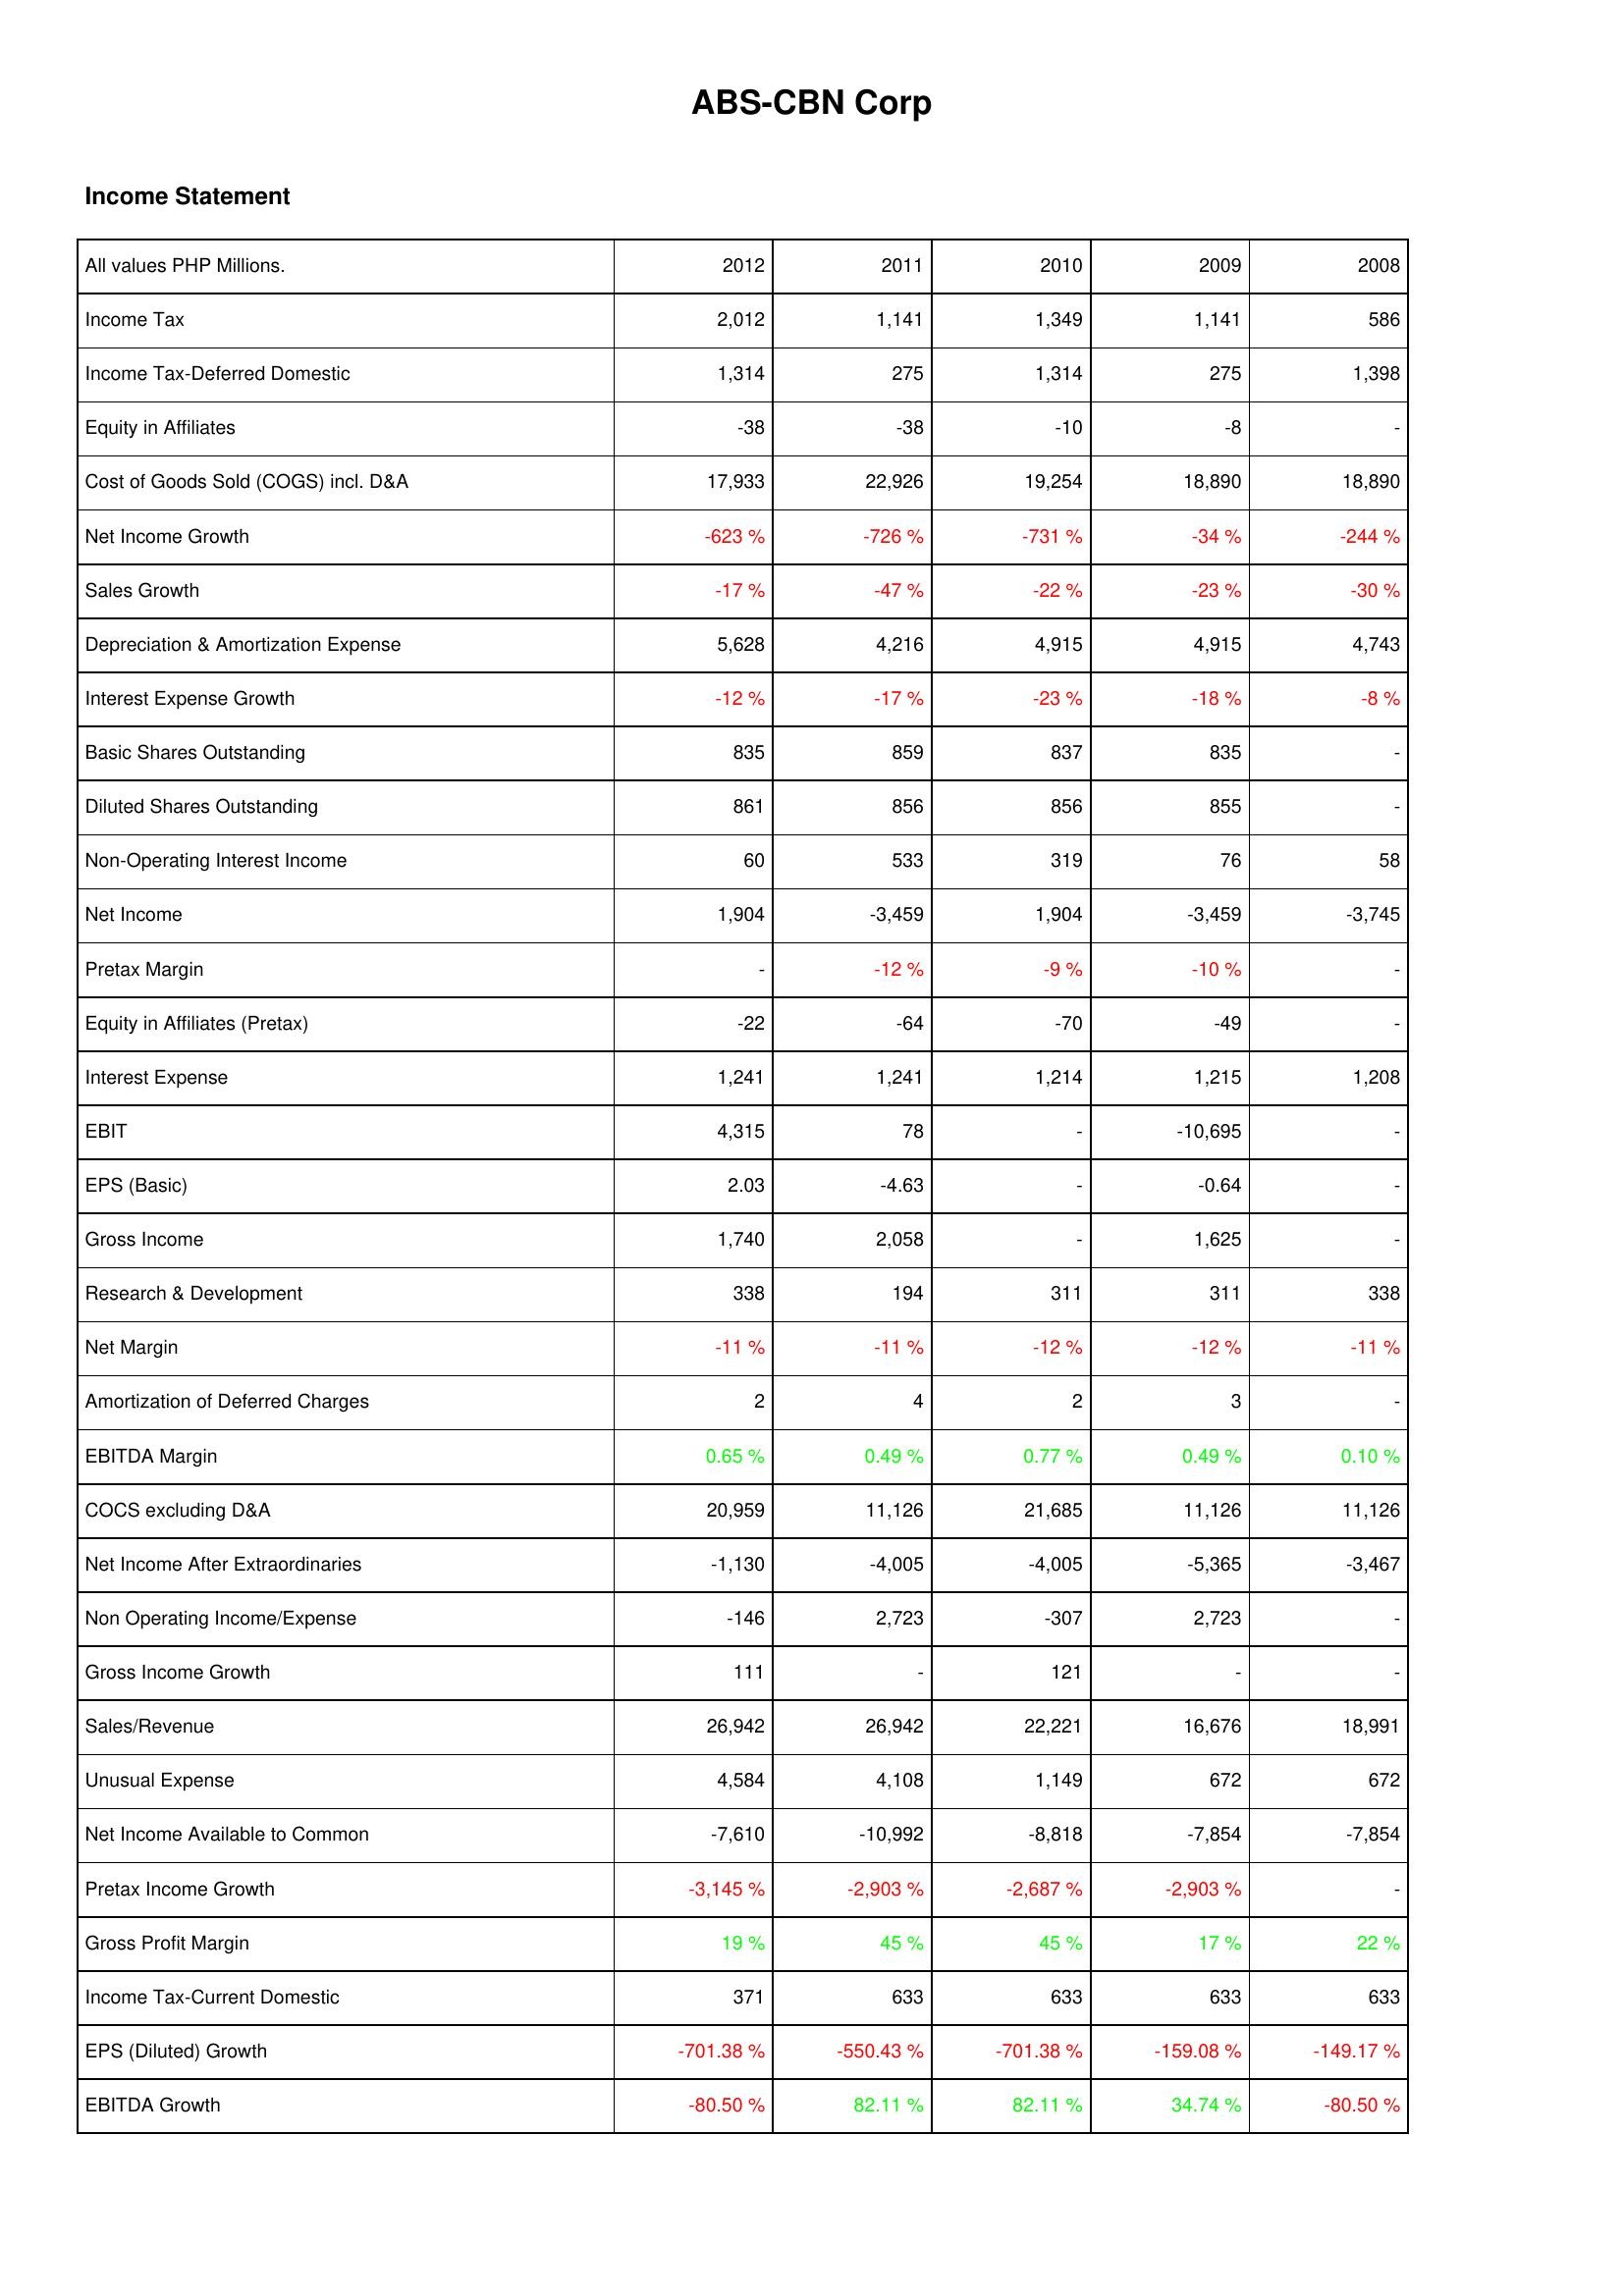
2012: Income Statement: Income Tax: 2,012
Income Tax-Deferred Domestic: 1,314
Equity in Affiliates: -38
Cost of Goods Sold (COGS) incl. D&A: 17,933
Net Income Growth: -623 %
Sales Growth: -17 %
Depreciation & Amortization Expense: 5,628
Interest Expense Growth: -12 %
Basic Shares Outstanding: 835
Diluted Shares Outstanding: 861
Non-Operating Interest Income: 60
Net Income: 1,904
Pretax Margin: -
Equity in Affiliates (Pretax): -22
Interest Expense: 1,241
EBIT: 4,315
EPS (Basic): 2.03
Gross Income: 1,740
Research & Development: 338
Net Margin: -11 %
Amortization of Deferred Charges: 2
EBITDA Margin: 0.65 %
COCS excluding D&A: 20,959
Net Income After Extraordinaries: -1,130
Non Operating Income/Expense: -146
Gross Income Growth: 111
Sales/Revenue: 26,942
Unusual Expense: 4,584
Net Income Available to Common: -7,610
Pretax Income Growth: -3,145 %
Gross Profit Margin: 19 %
Income Tax-Current Domestic: 371
EPS (Diluted) Growth: -701.38 %
EBITDA Growth: -80.50 %
2011: Income Statement: Income Tax: 1,141
Income Tax-Deferred Domestic: 275
Equity in Affiliates: -38
Cost of Goods Sold (COGS) incl. D&A: 22,926
Net Income Growth: -726 %
Sales Growth: -47 %
Depreciation & Amortization Expense: 4,216
Interest Expense Growth: -17 %
Basic Shares Outstanding: 859
Diluted Shares Outstanding: 856
Non-Operating Interest Income: 533
Net Income: -3,459
Pretax Margin: -12 %
Equity in Affiliates (Pretax): -64
Interest Expense: 1,241
EBIT: 78
EPS (Basic): -4.63
Gross Income: 2,058
Research & Development: 194
Net Margin: -11 %
Amortization of Deferred Charges: 4
EBITDA Margin: 0.49 %
COCS excluding D&A: 11,126
Net Income After Extraordinaries: -4,005
Non Operating Income/Expense: 2,723
Gross Income Growth: -
Sales/Revenue: 26,942
Unusual Expense: 4,108
Net Income Available to Common: -10,992
Pretax Income Growth: -2,903 %
Gross Profit Margin: 45 %
Income Tax-Current Domestic: 633
EPS (Diluted) Growth: -550.43 %
EBITDA Growth: 82.11 %
2010: Income Statement: Income Tax: 1,349
Income Tax-Deferred Domestic: 1,314
Equity in Affiliates: -10
Cost of Goods Sold (COGS) incl. D&A: 19,254
Net Income Growth: -731 %
Sales Growth: -22 %
Depreciation & Amortization Expense: 4,915
Interest Expense Growth: -23 %
Basic Shares Outstanding: 837
Diluted Shares Outstanding: 856
Non-Operating Interest Income: 319
Net Income: 1,904
Pretax Margin: -9 %
Equity in Affiliates (Pretax): -70
Interest Expense: 1,214
EBIT: -
EPS (Basic): -
Gross Income: -
Research & Development: 311
Net Margin: -12 %
Amortization of Deferred Charges: 2
EBITDA Margin: 0.77 %
COCS excluding D&A: 21,685
Net Income After Extraordinaries: -4,005
Non Operating Income/Expense: -307
Gross Income Growth: 121
Sales/Revenue: 22,221
Unusual Expense: 1,149
Net Income Available to Common: -8,818
Pretax Income Growth: -2,687 %
Gross Profit Margin: 45 %
Income Tax-Current Domestic: 633
EPS (Diluted) Growth: -701.38 %
EBITDA Growth: 82.11 %
2009: Income Statement: Income Tax: 1,141
Income Tax-Deferred Domestic: 275
Equity in Affiliates: -8
Cost of Goods Sold (COGS) incl. D&A: 18,890
Net Income Growth: -34 %
Sales Growth: -23 %
Depreciation & Amortization Expense: 4,915
Interest Expense Growth: -18 %
Basic Shares Outstanding: 835
Diluted Shares Outstanding: 855
Non-Operating Interest Income: 76
Net Income: -3,459
Pretax Margin: -10 %
Equity in Affiliates (Pretax): -49
Interest Expense: 1,215
EBIT: -10,695
EPS (Basic): -0.64
Gross Income: 1,625
Research & Development: 311
Net Margin: -12 %
Amortization of Deferred Charges: 3
EBITDA Margin: 0.49 %
COCS excluding D&A: 11,126
Net Income After Extraordinaries: -5,365
Non Operating Income/Expense: 2,723
Gross Income Growth: -
Sales/Revenue: 16,676
Unusual Expense: 672
Net Income Available to Common: -7,854
Pretax Income Growth: -2,903 %
Gross Profit Margin: 17 %
Income Tax-Current Domestic: 633
EPS (Diluted) Growth: -159.08 %
EBITDA Growth: 34.74 %
2008: Income Statement: Income Tax: 586
Income Tax-Deferred Domestic: 1,398
Equity in Affiliates: -
Cost of Goods Sold (COGS) incl. D&A: 18,890
Net Income Growth: -244 %
Sales Growth: -30 %
Depreciation & Amortization Expense: 4,743
Interest Expense Growth: -8 %
Basic Shares Outstanding: -
Diluted Shares Outstanding: -
Non-Operating Interest Income: 58
Net Income: -3,745
Pretax Margin: -
Equity in Affiliates (Pretax): -
Interest Expense: 1,208
EBIT: -
EPS (Basic): -
Gross Income: -
Research & Development: 338
Net Margin: -11 %
Amortization of Deferred Charges: -
EBITDA Margin: 0.10 %
COCS excluding D&A: 11,126
Net Income After Extraordinaries: -3,467
Non Operating Income/Expense: -
Gross Income Growth: -
Sales/Revenue: 18,991
Unusual Expense: 672
Net Income Available to Common: -7,854
Pretax Income Growth: -
Gross Profit Margin: 22 %
Income Tax-Current Domestic: 633
EPS (Diluted) Growth: -149.17 %
EBITDA Growth: -80.50 %